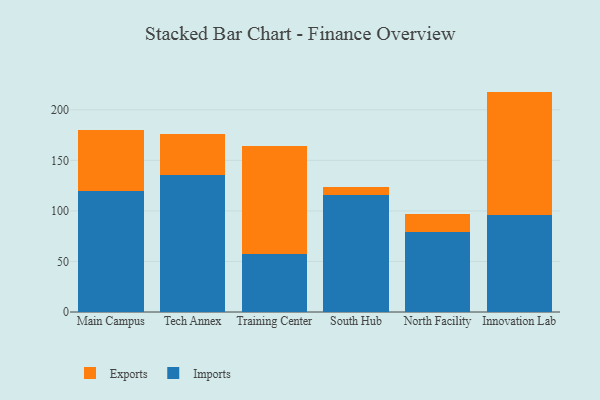
{"axis": {"x": "Campus", "y": "Temperature (°C)"}, "legend": ["Exports", "Imports"], "data": [{"x": "Main Campus", "y": 119.2, "type": "Imports"}, {"x": "Main Campus", "y": 60.7, "type": "Exports"}, {"x": "Tech Annex", "y": 135.2, "type": "Imports"}, {"x": "Tech Annex", "y": 40.8, "type": "Exports"}, {"x": "Training Center", "y": 57.4, "type": "Imports"}, {"x": "Training Center", "y": 107.0, "type": "Exports"}, {"x": "South Hub", "y": 115.8, "type": "Imports"}, {"x": "South Hub", "y": 8.1, "type": "Exports"}, {"x": "North Facility", "y": 79.5, "type": "Imports"}, {"x": "North Facility", "y": 17.4, "type": "Exports"}, {"x": "Innovation Lab", "y": 95.9, "type": "Imports"}, {"x": "Innovation Lab", "y": 122.1, "type": "Exports"}]}